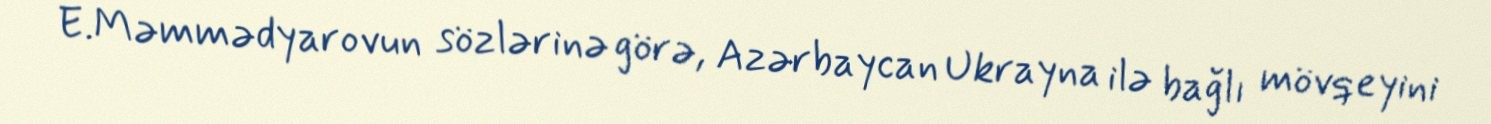
E.Məmmədyarovun sözlərinə görə, Azərbaycan Ukrayna ilə bağlı mövqeyini